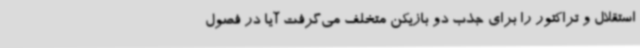
استقلال و تراکتور را برای جذب دو بازیکن متخلف می‌گرفت آیا در فصول